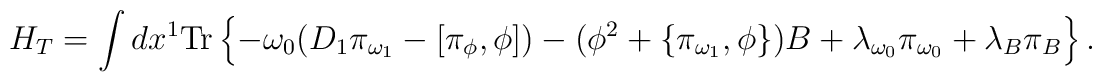
H_T = \int dx^1 \mbox{Tr} \left\{          - \omega_0 ( D_1 \pi_{\omega_1} - [ \pi_{\phi} , \phi ] )           - ( \phi^2 + \{ \pi_{\omega_1} , \phi \} ) B           + \lambda_{\omega_0} \pi_{\omega_0}           + \lambda_B \pi_B \right\}.